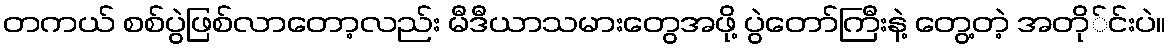
တကယ် စစ်ပွဲဖြစ်လာတော့လည်း မီဒီယာသမားတွေအဖို့ ပွဲတော်ကြီးနဲ့ တွေ့တဲ့ အတို်င်းပဲ။